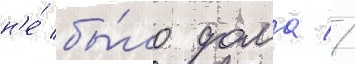
н'е́ бы́ло дома //